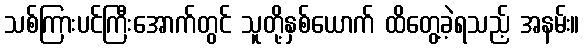
သစ်ကြားပင်ကြီးအောက်တွင် သူတို့နှစ်ယောက် ထိတွေ့ခဲ့ရသည့် အနမ်း။